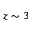
z \sim 3